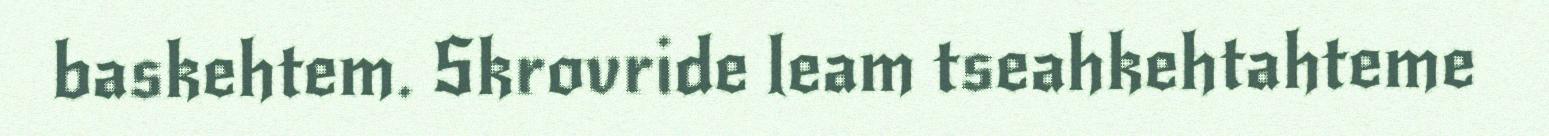
baskehtem. Skrovride leam tseahkehtahteme